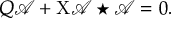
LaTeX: { \cal Q } \mathcal { A } + \mathrm { X } \mathcal { A } \star \mathcal { A } = 0 .